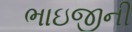
ભાઇજીની